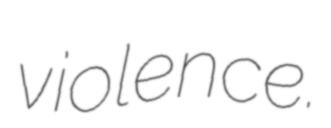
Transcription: violence.